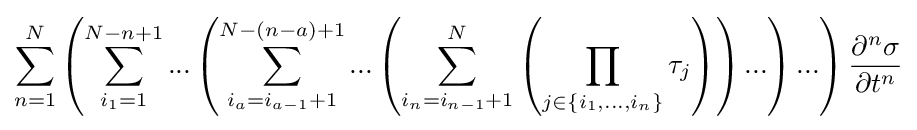
\sum _{n=1}^{N}{\left({\sum _{i_{1}=1}^{N-n+1}{...\left({\sum _{i_{a}=i_{a-1}+1}^{N-\left({n-a}\right)+1}{...\left({\sum _{i_{n}=i_{n-1}+1}^{N}{\left({\prod _{j\in \left\{{i_{1},...,i_{n}}\right\}}{\tau _{j}}}\right)}}\right)...}}\right)...}}\right){\frac {\partial ^{n}{\sigma }}{\partial {t}^{n}}}}